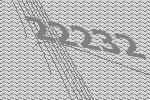
22232